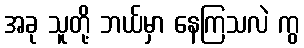
အခု သူတို့ ဘယ်မှာ နေကြသလဲ ကွ